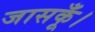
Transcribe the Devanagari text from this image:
जासकूँ।